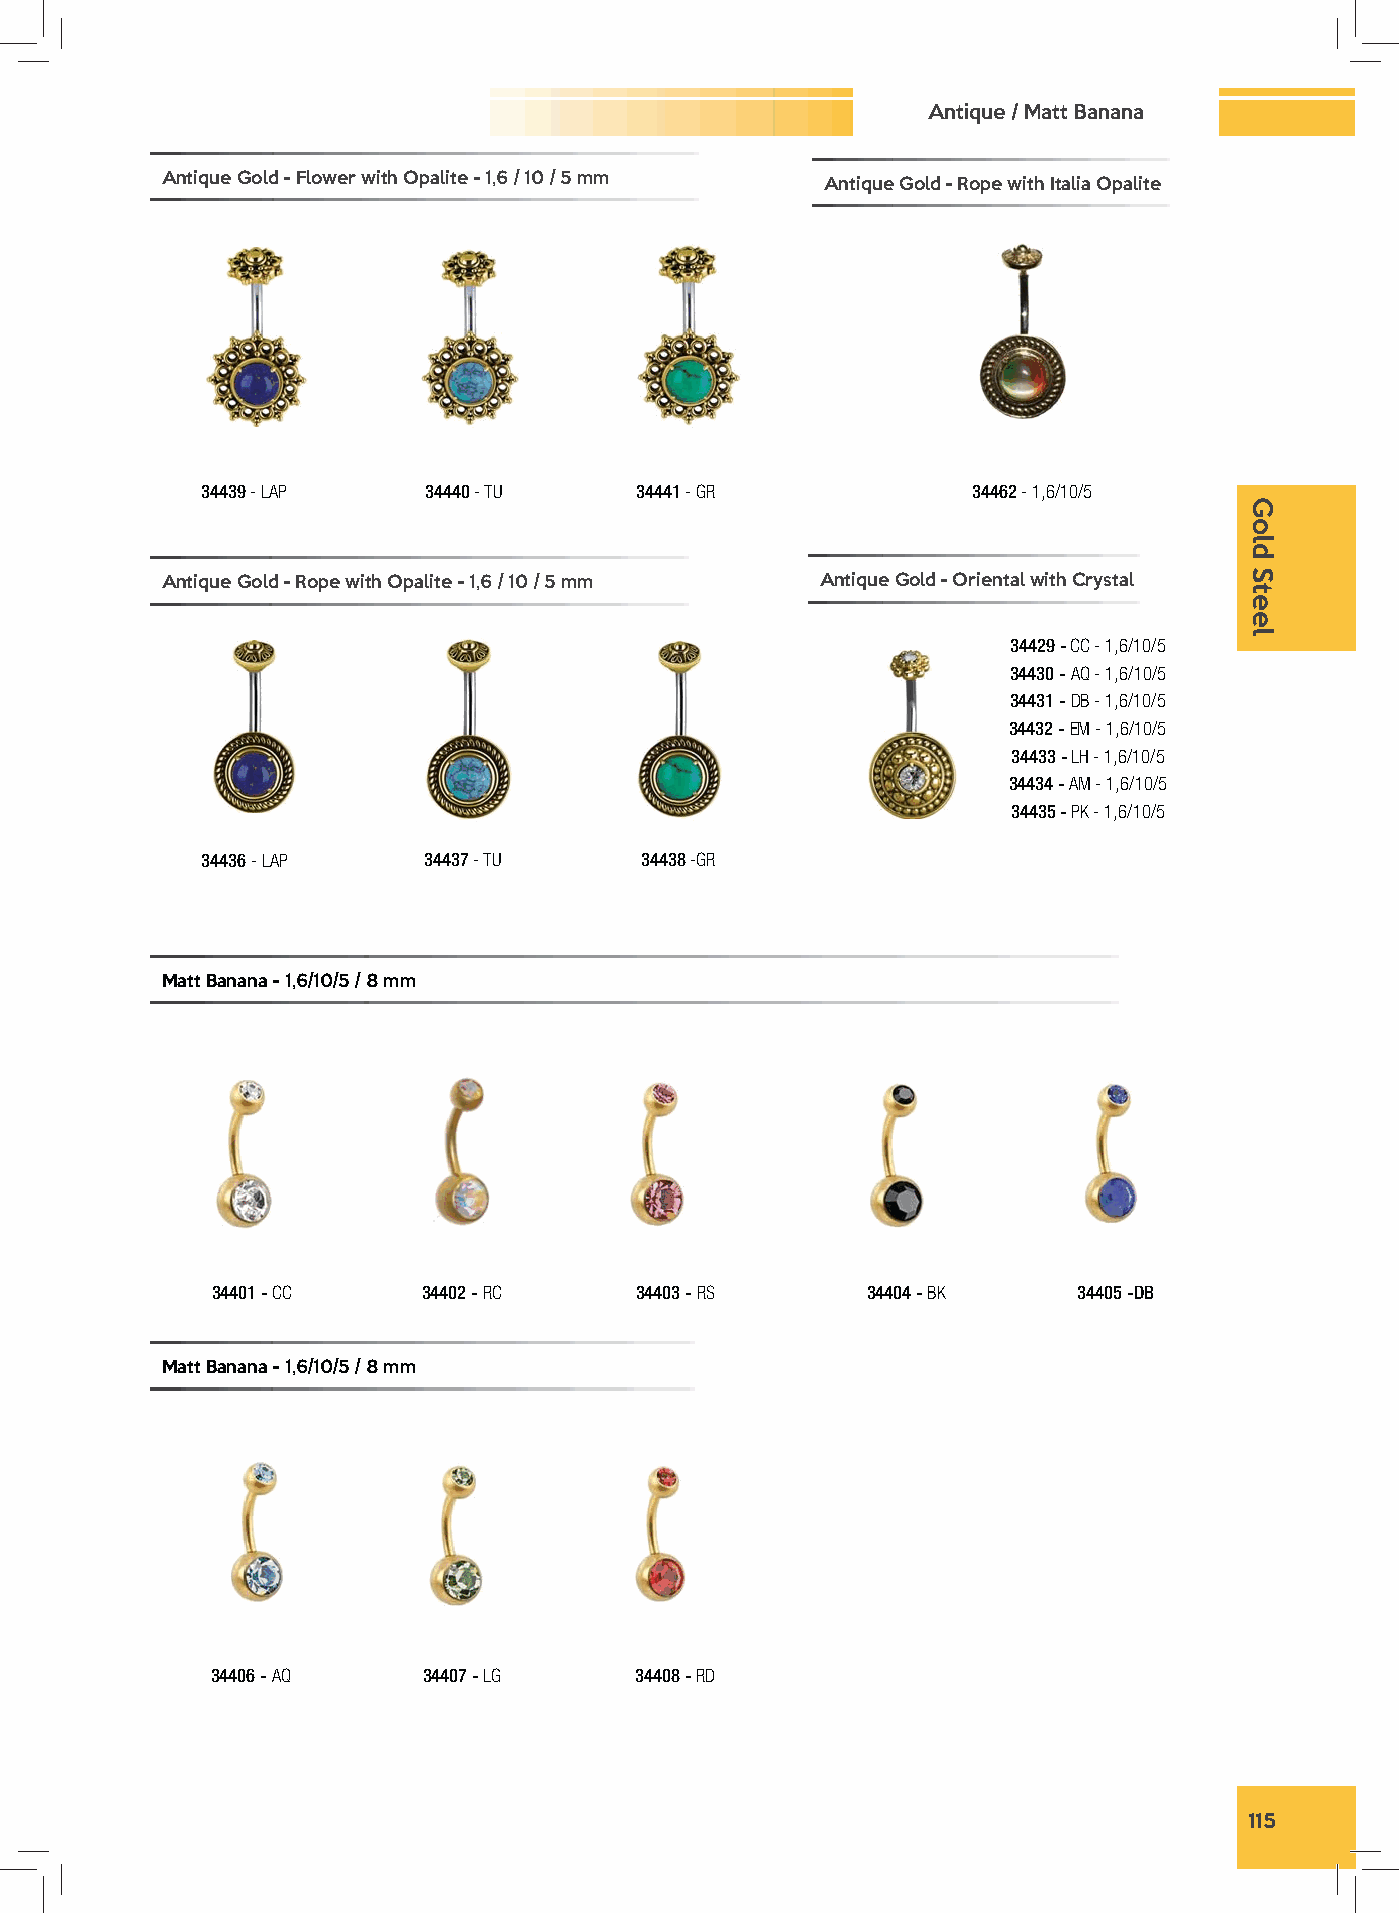
Antique / Matt Banana
 Antique Gold - Flower with Opalite - 1,6 / 10 / 5 mm Antique Gold - Rope with Italia Opalite
 34439 - LAP    34440 - TU    34441 - GR            34462 - 1,6/10/5
 Antique Gold - Rope with Opalite - 1,6 / 10 / 5 mm Antique Gold - Oriental with Crystal
 34429 - CC - 1,6/10/5
 34430 - AQ - 1,6/10/5
 34431 - DB - 1,6/10/5
 34432 - EM - 1,6/10/5
 34433 - LH - 1,6/10/5
 34434 - AM - 1,6/10/5
 34435 - PK - 1,6/10/5
 34436 - LAP    34437 - TU    34438 -GR
 Matt Banana - 1,6/10/5 / 8 mm
 34401 - CC    34402 - RC    34403 - RS     34404 - BK    34405 -DB
 Matt Banana - 1,6/10/5 / 8 mm
 34406 - AQ    34407 - LG    34408 - RD
 115
 Gold
 Steel